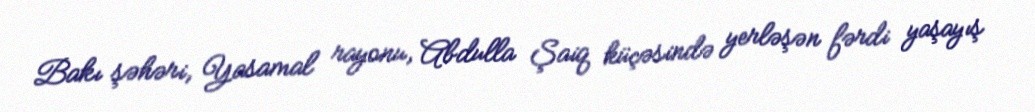
Bakı şəhəri, Yasamal rayonu, Abdulla Şaiq küçəsində yerləşən fərdi yaşayış